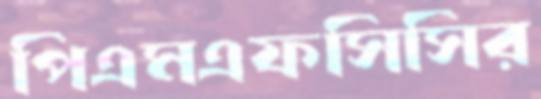
পিএমএফসিসির